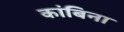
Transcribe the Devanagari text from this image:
कांबिना